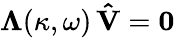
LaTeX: \mathbf{\Lambda}(\kappa,\omega)\, \mathbf{\hat{V}}=\mathbf{0}